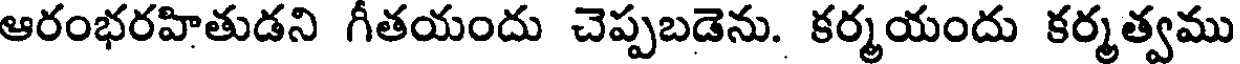
ఆరంభరహితుడని గీతయందు చెప్పబడెను. కర్మయందు కర్మత్వము